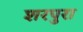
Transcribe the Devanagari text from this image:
शरपुरा